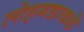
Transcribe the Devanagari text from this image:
लोहगडाकडे